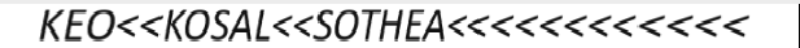
KEO<<KOSAL<<SOTHEA<<<<<<<<<<<<